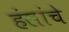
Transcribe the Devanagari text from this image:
हंसांचे